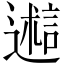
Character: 𬩋